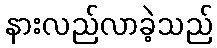
နားလည်လာခဲ့သည်